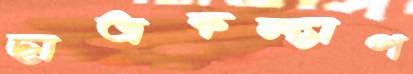
ছাত্রকল্যাণ